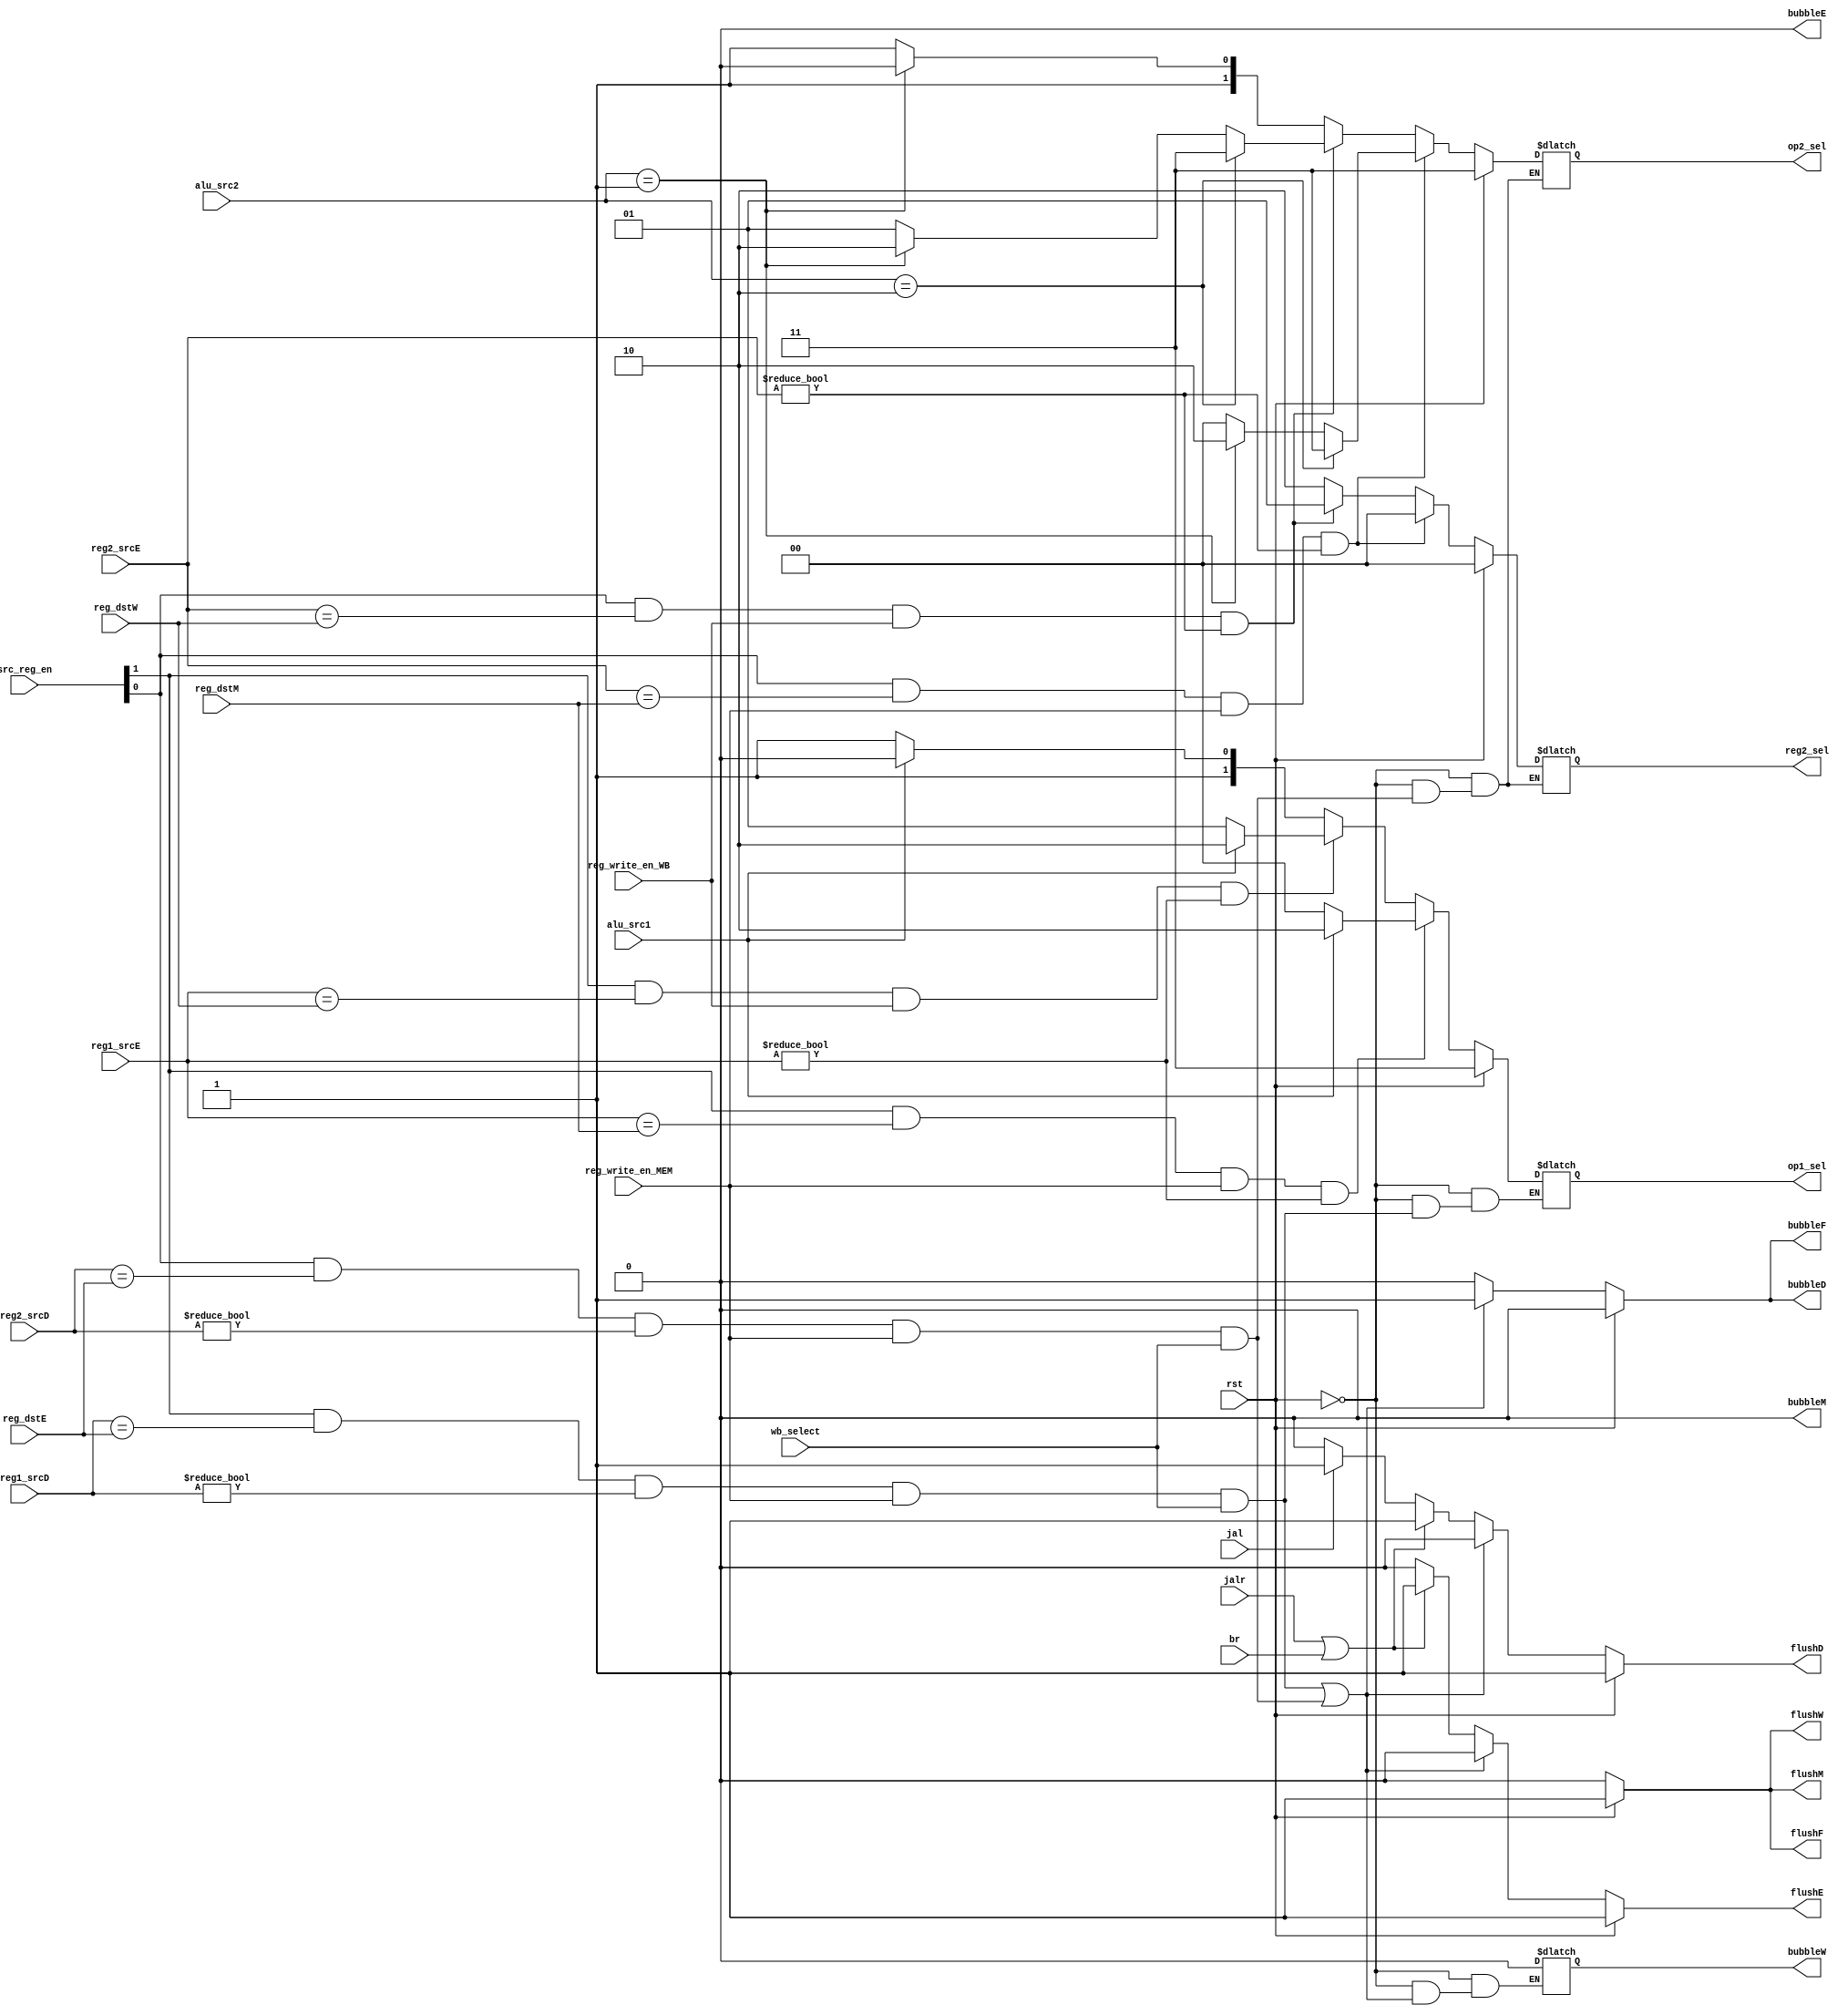
`timescale 1ns / 1ps
//////////////////////////////////////////////////////////////////////////////////
// Company: USTC ESLAB
// 
// Design Name: RV32I Core
// Module Name: Hazard Module
// Tool Versions: Vivado 2017.4.1
// Description: Hazard Module is used to control flush, bubble and bypass
// 
//////////////////////////////////////////////////////////////////////////////////

//  
    //  flushbubble
// 
    // rst               CPUrst
    // reg1_srcD         IDreg1
    // reg2_srcD         IDreg2
    // reg1_srcE         EXreg1
    // reg2_srcE         EXreg2
    // reg_dstE          EXreg
    // reg_dstM          MEMreg
    // reg_dstW          WBreg
    // br                branch
    // jalr              jalr
    // jal               jal
    // src_reg_en        reg1reg2
    // wb_select         CacheALU
    // reg_write_en_MEM  MEM
    // reg_write_en_WB   WB
    // alu_src1          ALU10reg11PC
    // alu_src2          ALU22b00reg22'b01reg22'b10
// 
    // flushF            IFflush
    // bubbleF           IFbubble
    // flushD            IDflush
    // bubbleD           IDbubble
    // flushE            EXflush
    // bubbleE           EXbubble
    // flushM            MEMflush
    // bubbleM           MEMbubble
    // flushW            WBflush
    // bubbleW           WBbubble
    // op1_sel           ALU12'b00ALU2'b01write back data2'b10PC2'b11reg1
    // op2_sel           ALU22'b00ALU2'b01write back data2'b10reg22'b11reg2
    // reg2_sel          reg2
// 
    // 


module HarzardUnit(
    input wire rst,
    input wire [4:0] reg1_srcD, reg2_srcD, reg1_srcE, reg2_srcE, reg_dstE, reg_dstM, reg_dstW,
    input wire br, jalr, jal,
    input wire [1:0] src_reg_en,
    input wire wb_select,
    input wire reg_write_en_MEM,
    input wire reg_write_en_WB,
    input wire alu_src1,
    input wire [1:0] alu_src2,
    output reg flushF, bubbleF, flushD, bubbleD, flushE, bubbleE, flushM, bubbleM, flushW, bubbleW,
    output reg [1:0] op1_sel, op2_sel, reg2_sel
    );

    // TODO: Complete this module

    always@(*)
    begin
        if(rst == 1'b1)
        begin
            flushF = 1'b1;
            bubbleF = 1'b0;
            flushD = 1'b1;
            bubbleD = 1'b0;
            flushE = 1'b1;
            bubbleE = 1'b0;
            flushM = 1'b1;
            bubbleM = 1'b0;
            flushW = 1'b1;
            bubbleW = 1'b0;
        end
        else if((src_reg_en[1] == 1'b1 && reg1_srcD == reg_dstE && reg1_srcD != 5'b0 && reg_write_en_MEM == 1'b1 && wb_select == 1'b1) || (src_reg_en[0] == 1'b1 && reg2_srcD == reg_dstE && reg2_srcD != 5'b0 && reg_write_en_MEM == 1'b1 && wb_select == 1'b1))
        begin
            flushF = 1'b0;
            bubbleF = 1'b1;
            flushD = 1'b0;
            bubbleD = 1'b1;
            flushE = 1'b0;
            bubbleE = 1'b0;
            flushM = 1'b0;
            bubbleM = 1'b0;
            flushW = 1'b0;
        end
        else if(jalr == 1'b1 || br == 1'b1)
        begin
            flushF = 1'b0;
            bubbleF = 1'b0;
            flushD = 1'b1;
            bubbleD = 1'b0;
            flushE = 1'b1;
            bubbleE = 1'b0;
            flushM = 1'b0;
            bubbleM = 1'b0;
            flushW = 1'b0;
            bubbleW = 1'b0;
        end
        else if(jal == 1'b1)
        begin
            flushF = 1'b0;
            bubbleF = 1'b0;
            flushD = 1'b1;
            bubbleD = 1'b0;
            flushE = 1'b0;
            bubbleE = 1'b0;
            flushM = 1'b0;
            bubbleM = 1'b0;
            flushW = 1'b0;
            bubbleW = 1'b0;
        end
        else 
        begin
            flushF = 1'b0;
            bubbleF = 1'b0;
            flushD = 1'b0;
            bubbleD = 1'b0;
            flushE = 1'b0;
            bubbleE = 1'b0;
            flushM = 1'b0;
            bubbleM = 1'b0;
            flushW = 1'b0;
            bubbleW = 1'b0;
        end
    end

    always@(*)
    begin
        if(rst == 1'b1)
        begin
            op1_sel = 2'b11;
            op2_sel = 2'b11;
            reg2_sel = 2'b00;
        end
        else 
        begin
        if(src_reg_en[1] == 1'b1 && reg1_srcD == reg_dstE && reg1_srcD != 5'b0 && reg_write_en_MEM == 1'b1 && wb_select == 1'b1)
        begin
            op1_sel = op1_sel;
        end
        else if(src_reg_en[1] == 1'b1 && reg1_srcE == reg_dstM && reg_write_en_MEM == 1'b1 && reg1_srcE != 5'b0)
        begin
            op1_sel = (alu_src1 == 1'b1) ? 2'b10 : 2'b00;
        end
        else if(src_reg_en[1] == 1'b1 && reg1_srcE == reg_dstW && reg_write_en_WB == 1'b1 && reg1_srcE != 5'b0)
        begin
            op1_sel = (alu_src1 == 1'b1) ? 2'b10 : 2'b01;
        end
        else 
        begin
            op1_sel = (alu_src1 == 1'b1) ? 2'b10 : 2'b11;
        end

        if(src_reg_en[0] == 1'b1 && reg2_srcD == reg_dstE && reg2_srcD != 5'b0 && reg_write_en_MEM == 1'b1 && wb_select == 1'b1)
        begin
            op2_sel = op2_sel;
            reg2_sel = reg2_sel;
        end
        else if(src_reg_en[0] == 1'b1 && reg2_srcE == reg_dstM && reg_write_en_MEM == 1'b1 && reg2_srcE != 5'b0)
        begin
            op2_sel = (alu_src2 == 2'b10) ? 2'b11:(alu_src2 == 2'b01)? 2'b10: 2'b00;
            //op2_sel = (alu_src2 == 2'b10) ? 2'b11 : 2'b00;
            reg2_sel = 2'b00;
        end
        else if(src_reg_en[0] == 1'b1 && reg2_srcE == reg_dstW && reg_write_en_WB == 1'b1 && reg2_srcE != 5'b0)
        begin
            op2_sel = (alu_src2 == 2'b10) ? 2'b11:(alu_src2 == 2'b01)? 2'b10:2'b01;
            //op2_sel = (alu_src2 == 2'b10) ? 2'b11 : 2'b01;
            reg2_sel = 2'b01;
        end
        else 
        begin
            op2_sel = (alu_src2 == 2'b01) ? 2'b10:2'b11;
            reg2_sel = 2'b10;
        end

        end
    end



endmodule